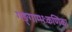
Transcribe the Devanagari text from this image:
गङ्गाम्भःकणिका